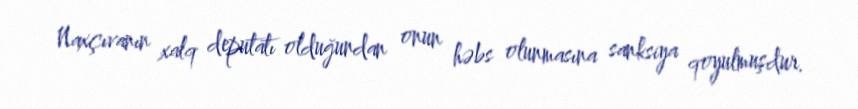
Naxçıvanın xalq deputatı olduğundan onun həbs olunmasına sanksiya qoyulmuşdur.